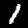
Label: 1